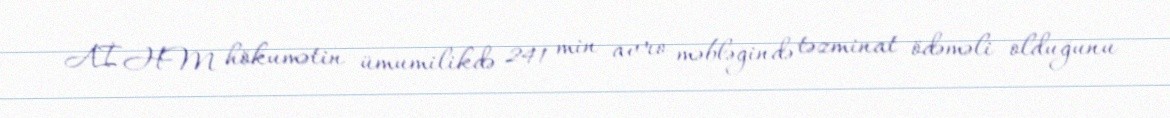
AİHM hökumətin ümumilikdə 241 min avro məbləğində təzminat ödəməli olduğunu